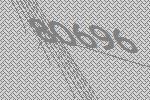
80696